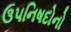
ઉપનિષદોનો